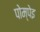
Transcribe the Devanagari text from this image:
पोम्पेइ